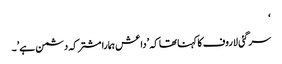
‘
سرگئی لاروف کا کہنا تھا کہ \’داعش ہمارا مشترکہ دشمن ہے\’۔